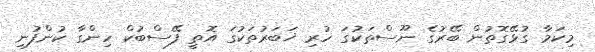
މިކަމާ ގުޅޭގޮތުން ބޭރުގެ ނޫސްތަކުގަ ހުރި ޚަބަރުތަކުގަ އޮތީ ފޭސްބުކް ހިންގާ ކުންފުނި